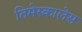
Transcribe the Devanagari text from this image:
तिमेस्कालेस